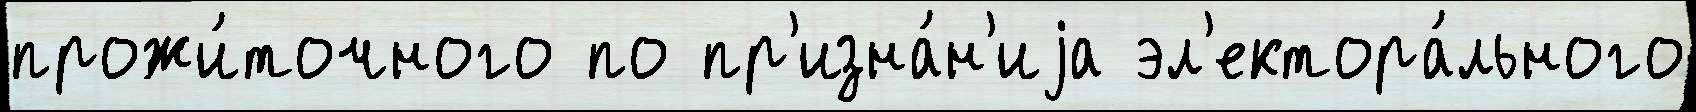
прожи́точного по пр'изна́н'иjа эл'ектора́льного